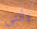
وأنتى